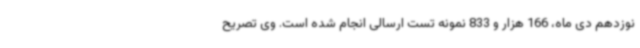
نوزدهم دی ماه، 166 هزار و 833 نمونه تست ارسالی انجام شده است. وی تصریح